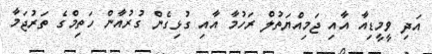
އަދި ވީމީޑިއާ އާއި ޖަމިއްޔަތުލް ރަހުމާ އާއި ގުޅިގެން ގުރުއާން ހަތިމްގެ ތަރުޖަމާ